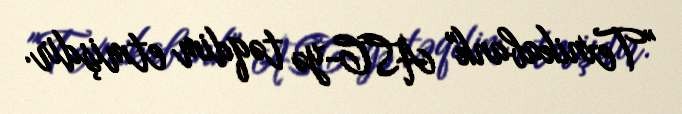
"Texnikabank" ASC-yə təqdim etmişdir.